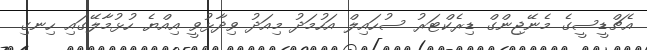
އެޗްޑީސީގެ މެނޭޖިންގް ޑިރެކްޓަރު ސުހައިލް އަހުމަދު މިއަދު ވިދާޅުވީ އިއްޔެ ހުޅުމާލޭގައި ހިނގި